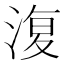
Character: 𣸪